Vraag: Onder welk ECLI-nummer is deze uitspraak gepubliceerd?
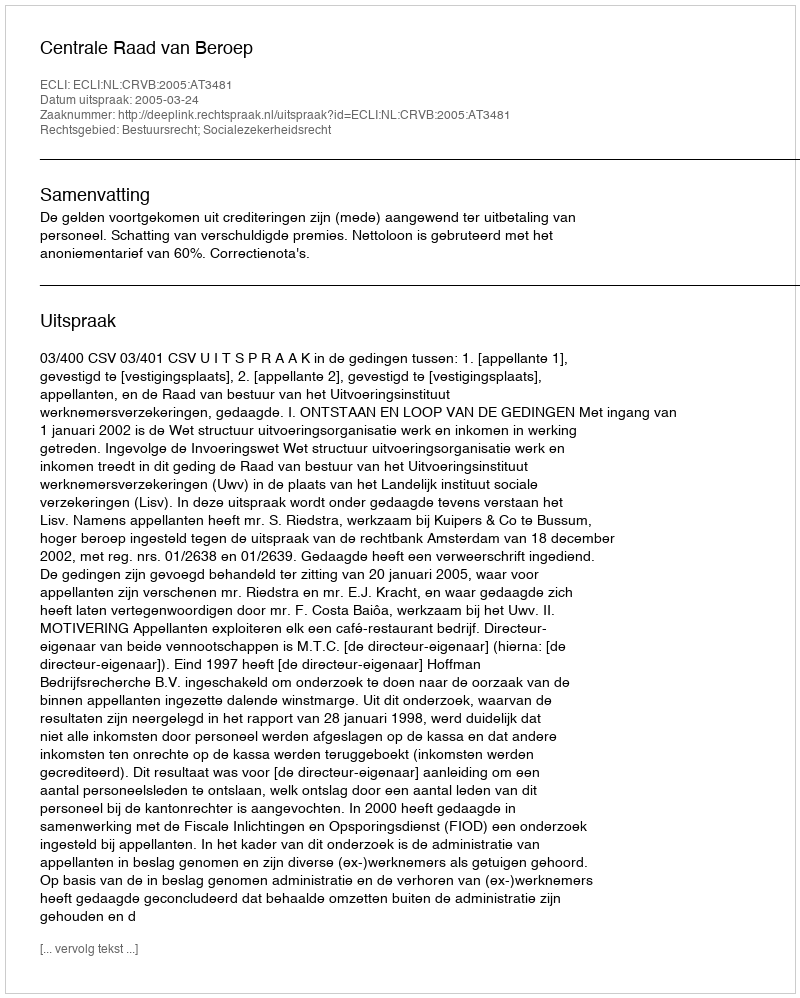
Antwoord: ECLI:NL:CRVB:2005:AT3481